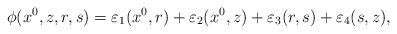
LaTeX: \begin{align*}\phi(x^0,z,r,s)=\varepsilon_1(x^0,r)+\varepsilon_2(x^0,z)+\varepsilon_3(r,s)+\varepsilon_4(s,z),\end{align*}